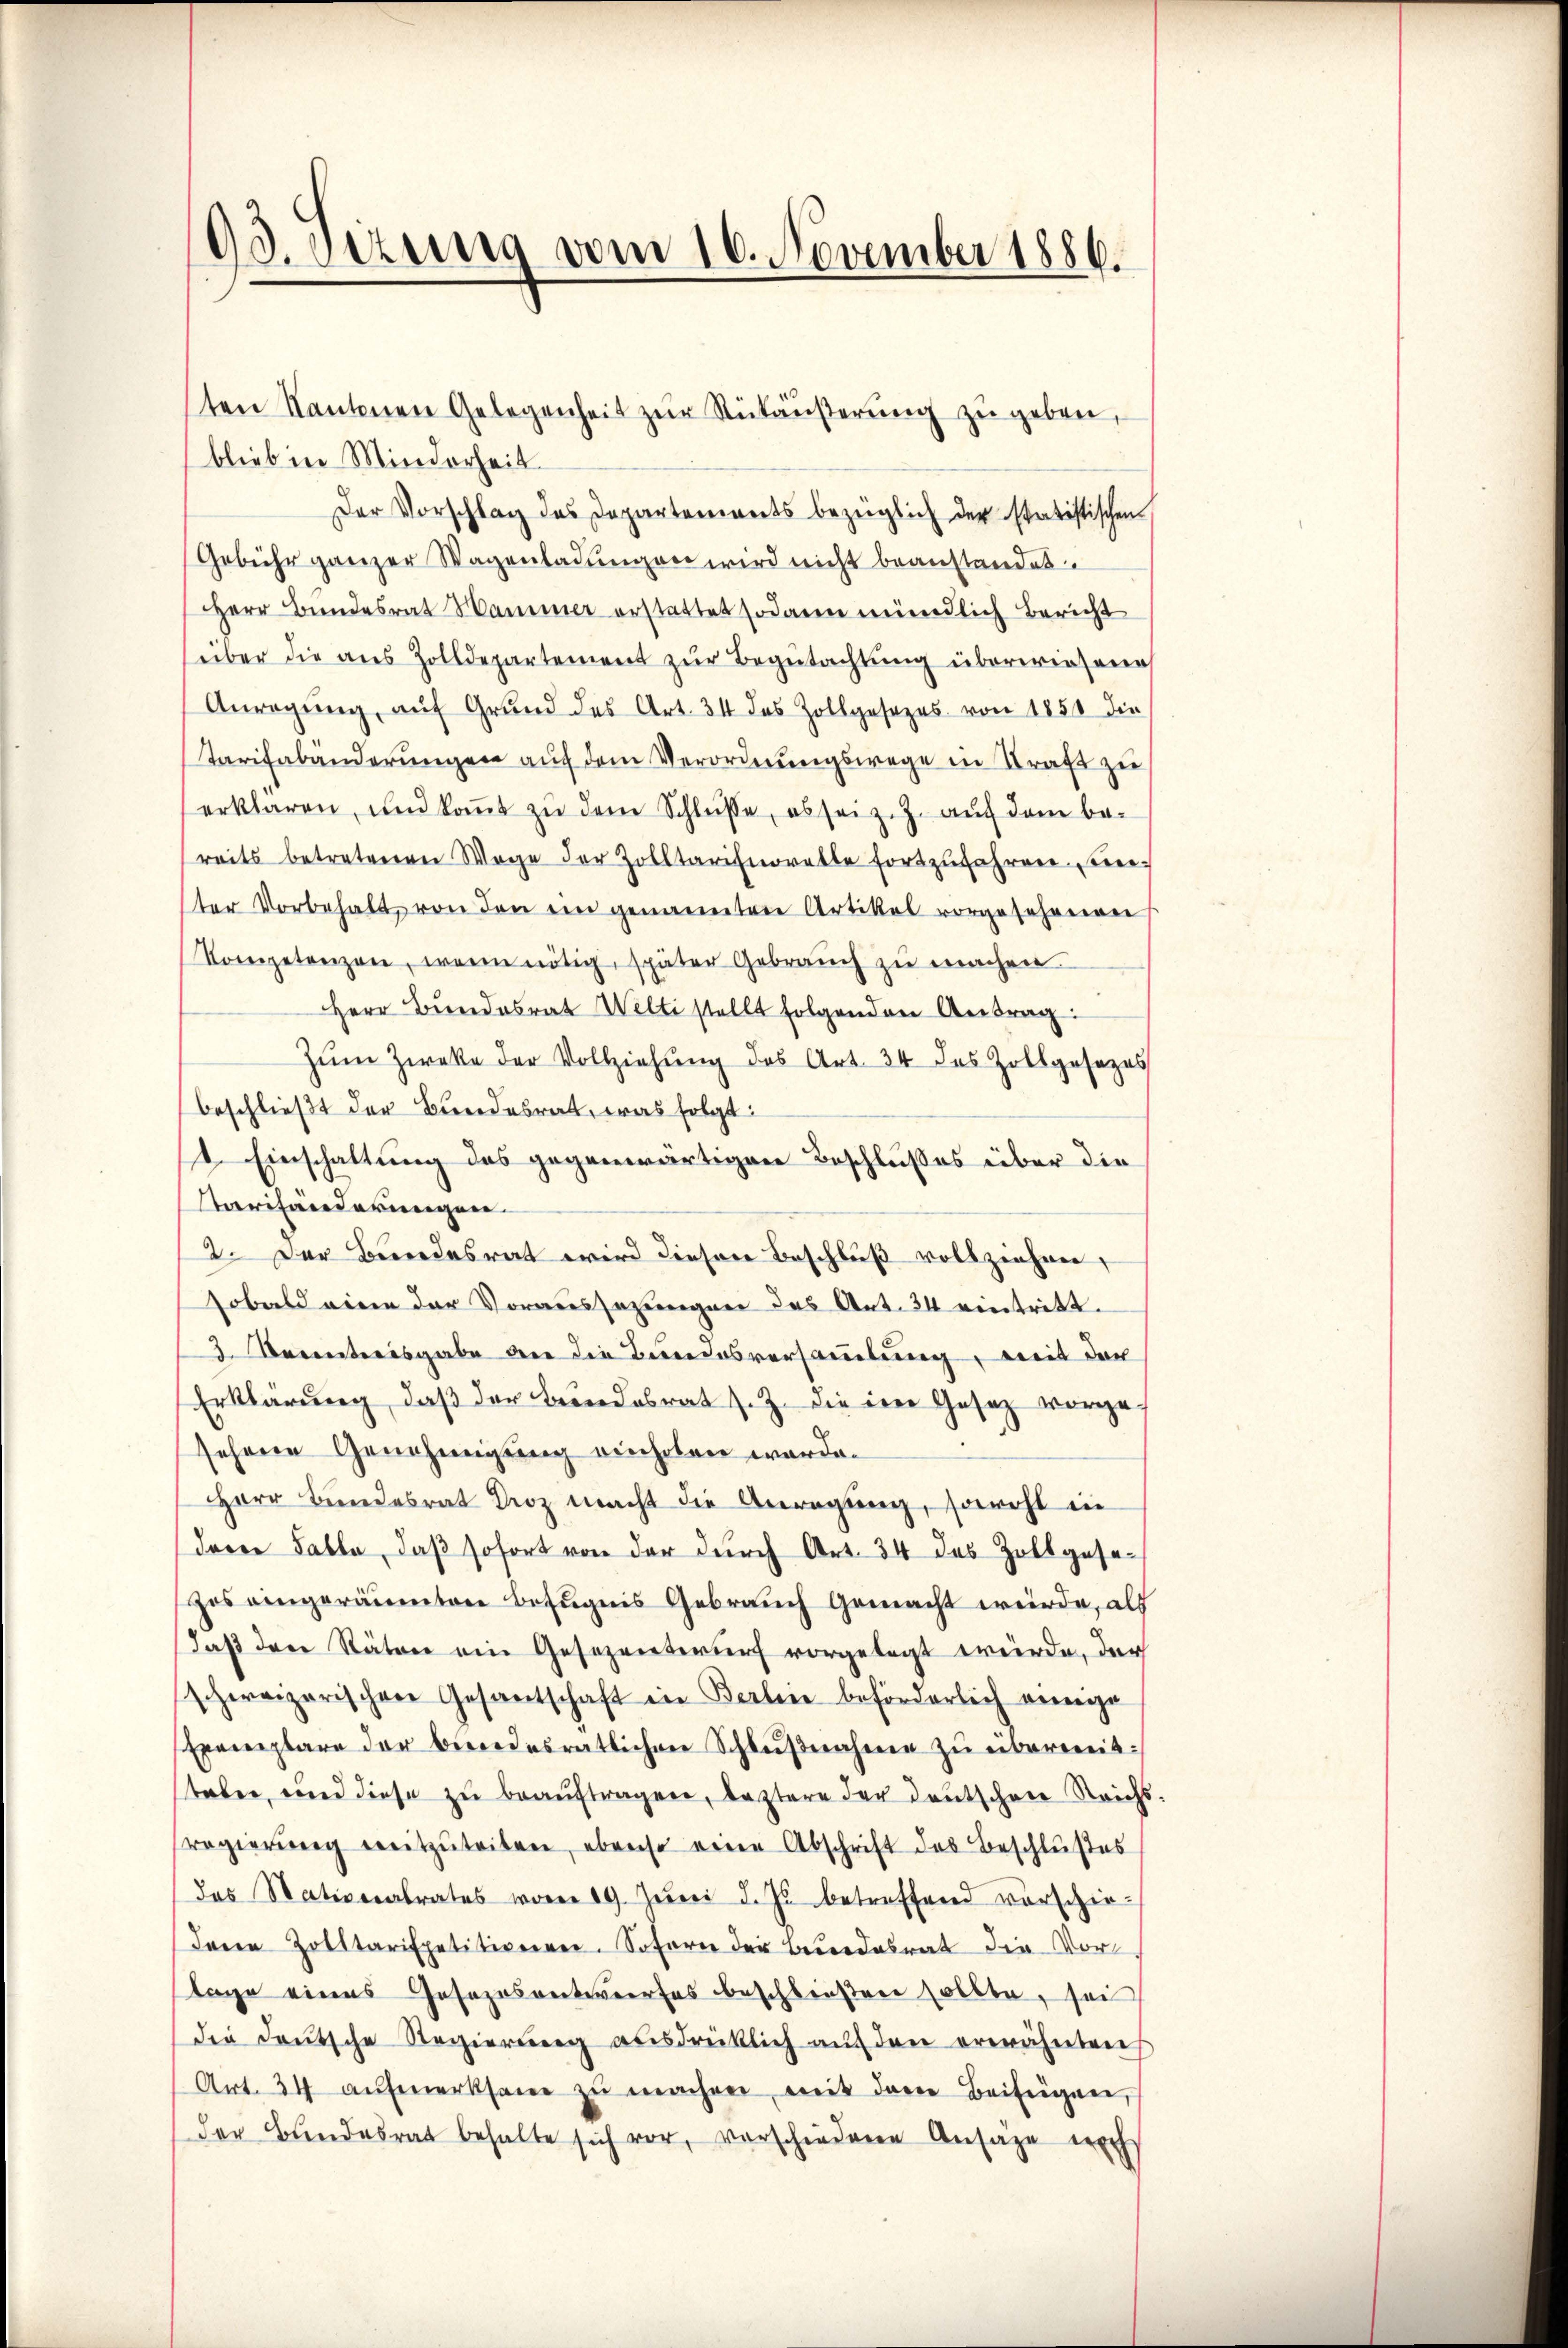
03. Sizung vom 16. November 1886.

blieb in Minderheit
Der Vorschlag das Departements bezüglich der statistischen
Gebühr ganzer Wagenladungen wird nicht beanstandet.
HHerr Bundesrat Hammer erstattet sodann mündlich Bericht
über die aus Zolldepartement zur Begutachtung überwiesene
Anregŭng aŭf Grŭnd des Art. 34 des Zollgesezes von 1850 die
Tarifabänderungen auf dem Verordnungswege in Straft zu
erklären, und koṁt zŭ dem Schlüsse, es seiz. Z. auf dem be-
reits betretenen Wege der Zolltarifnorette fortzŭfahren unter Vorbehalt von den ein genannten Artikel vorgesehenden
Kompetenzen, wenn nötig, später Gebrauch zu machen
Herr Bundesrat Welti stellt folgenden Antrag.
Zŭm Zwecke der Vollziehŭng des Art. 34 des Zollgesezes
beschließt der Bundesrat, was folgt:
1. Einschaltung des gegenwärtigen Beschlußes über die
tarifänderungen.
2. Der Bundesrat wird dieser Beschluß vollziehen,
sobald eine der Voraussezungen des Art. 34 eintritt.
3. Beeintersgabe der die Bundesversammlung, mit der
Erklärung, daß der Bundesrat J. Z. die in Gesetz vorgesehene Genehmigung einholen werde.
Herr Bŭndesrat Droz macht die Anregŭng, sowohl in
deren Falle, daβ sofort von der durch Art. 34 des Zollgesezes eingeräumten Befugnis Gebrauch gemacht würde, als
daß den Stäten ein Gesezentwurf vorgelegt würde, der
schervigarischen Gesantschaft in Berlin beförderlich einige
Exemplare der bundesratlichen Schlŭβnahme zu überweit:
taben, und diese zu beaŭftragen, leztere der Deutschen Reichs-
regierŭng mitzŭteilen, ebenso eine Abschrift des Beschlußes
das Stativerabrates wären 19. Juni d. Js. betreffend vorschiedene Zolltarispetitioniren. Sofern der Beendesrat die Vorlage eines Gesezesentwurfes beschließen sollte, sei
die deŭtsche Regierŭng aŭsdrücklich aŭf den erwähnten
Art. 34 aŭfmerksam zŭ machen mit dem Beifügen,
der Bundesrat behalte sich vor, verschiedene Ansage nich

ten Kantonen Gelegenheit zŭr Rükäŭβerŭng zŭ geben,